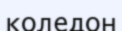
коледон